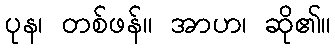
ပုန၊ တစ်ဖန်။ အာဟ၊ ဆို၏။